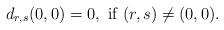
LaTeX: \begin{align*} d_{r,s}(0,0)=0,\mbox{ if }(r,s)\ne(0,0).\end{align*}